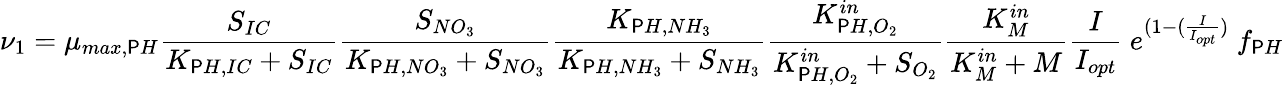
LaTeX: \nu_{1}=\mu_{max,\mathsf{P}H}\frac{{S_{IC}}}{{K_{\mathsf{P}H,IC}+S_{IC}}}\frac{{S_{NO_{3}}}}{{K_{\mathsf{P}H,NO_{3}}+S_{NO_{3}}}}\frac{{K_{\mathsf{P}H,NH_{3}}}}{{K_{\mathsf{P}H,NH_{3}}+S_{NH_{3}}}}\frac{{K_{\mathsf{P}H,O_{2}}^{in}}}{{K_{\mathsf{P}H,O_{2}}^{in}+S_{O_{2}}}}\frac{{K_{M}^{in}}}{{K_{M}^{in}+M}}\frac{{I}}{{I_{opt}}}\ e^{(1-(\frac{{I}}{{I_{opt}}})}\ f_{\mathsf{P}H}